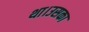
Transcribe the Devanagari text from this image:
था।उसका